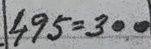
495 = 300